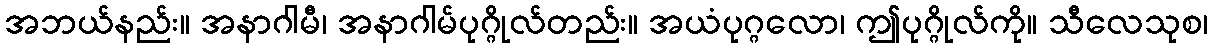
အဘယ်နည်း။ အနာဂါမီ၊ အနာဂါမ်ပုဂ္ဂိုလ်တည်း။ အယံပုဂ္ဂလော၊ ဤပုဂ္ဂိုလ်ကို။ သီလေသုစ၊